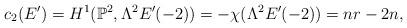
LaTeX: \begin{align*}c_{2}(E^{\prime})=H^{1}(\mathbb{P}^{2},\Lambda^{2}E^{\prime}(-2))=-\chi(\Lambda^{2}E^{\prime}(-2))=nr-2n,\end{align*}